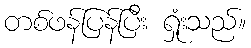
တစ်ဖန်ပြန်ပြီး ရှုံးသည်။